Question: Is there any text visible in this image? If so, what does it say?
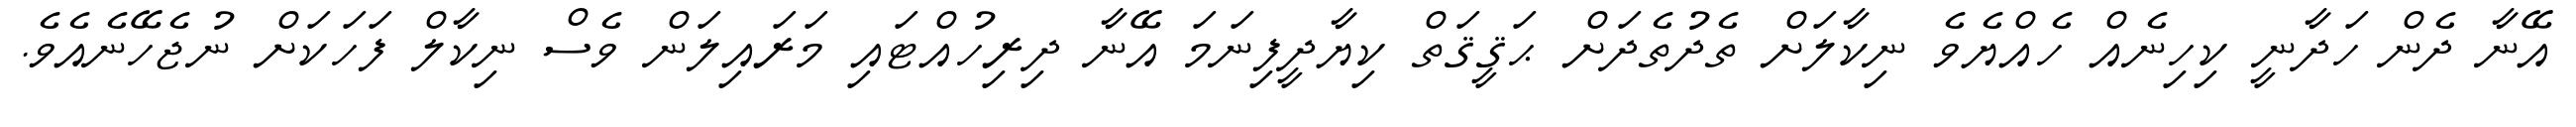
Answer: އޭނާ ދެން ހަދާނީ ކިހިނެއް ހެއްޔެވެ ނިކާލަށް ތެދުތެދަށް ޙަޤީޤަތް ކިޔާދީފިނަމަ އޭނާ ދިރިހުއްޓައި މަރައިލަން ވެސް ނިކާލް ފަހަކަށް ނުޖެހޭނެއެވެ.